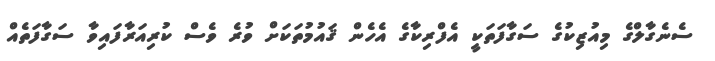
ސެނެގާލްގެ މިއުޒިކުގެ ސަގާފަތަކީ އެފްރިކާގެ އެހެން ޤައުމުތަކަށް ވުރެ ވެސް ކުރިއަރާފައިވާ ސަގާފަތެއް